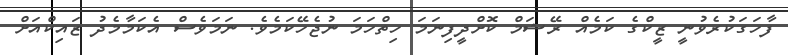
ފާހަގަކުރެވުނީ ޒީކްގެ ކަމެއް ރޭޝަމް ކޮށްދީފިނަމަ ހިތްހަމަ ނުޖެހޭކަމެވެ. ނަމަވެސް އެކަމާމެދު ޒައިކްއަށް